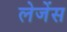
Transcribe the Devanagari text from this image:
लेजेंस